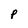
Character: P